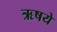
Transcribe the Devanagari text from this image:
ऋषये